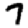
Digit: 7